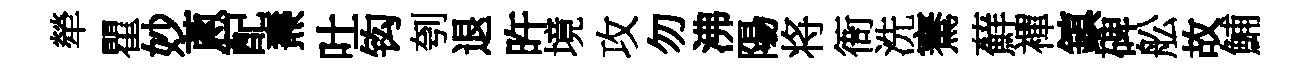
犖瞿妙蔥配燾吐钩刳退旿境攻勿沸陽将衙洗騫蘚襌鎮碑舩故鯆